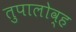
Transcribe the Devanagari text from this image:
तुपालोव्ह